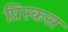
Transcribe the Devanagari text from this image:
प्रिस्कस